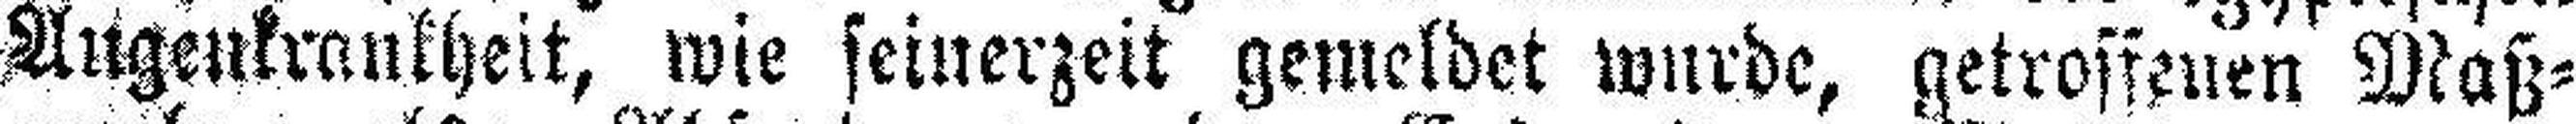
Augenkrankheit, wie seinerzeit gemeldet wurde, getroffenen Maß¬